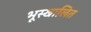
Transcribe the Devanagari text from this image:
भूस्खालित